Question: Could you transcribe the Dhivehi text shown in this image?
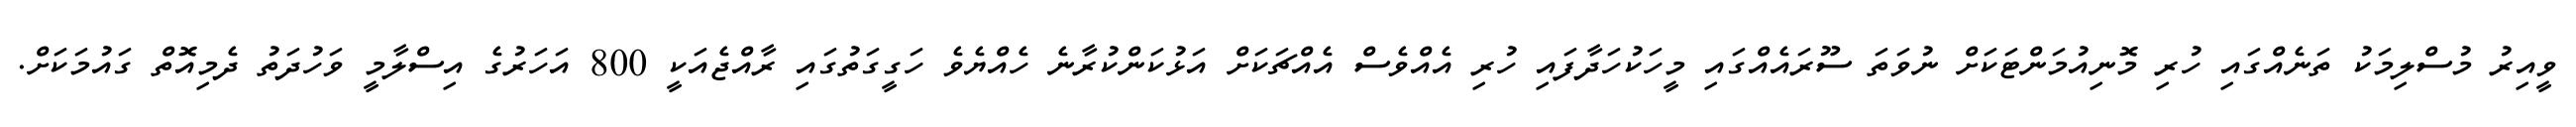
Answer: ވީއިރު މުސްލިމަކު ތަނެއްގައި ހުރި މޮނިއުމަންޓަކަށް ނުވަތަ ސޫރައެއްގައި މީހަކުހަދާފައި ހުރި އެއްވެސް އެއްޗަކަށް އަޅުކަންކުރާނެ ހެއްޔެވެ ހަގީގަތުގައި ރާއްޖެއަކީ 800 އަހަރުގެ އިސްލާމީ ވަހުދަތު ދެމިއޮތް ގައުމަކަށް.